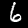
Digit: 6